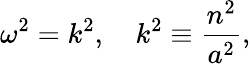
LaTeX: \omega^{2}=k^{2},\quad k^{2}\equiv{\frac{n^{2}}{a^{2}}},